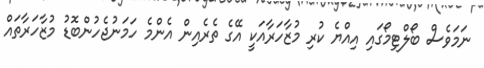
ނަމަވެސް ބޯލްޓިމޯގައި އިއްޔެ ކުރި މުޒާހަރާއަކީ އޭގެ ތެރެއިން އެންމެ ހަމަނުޖެހުންބޮޑު މުޒާހަރާތައް